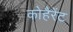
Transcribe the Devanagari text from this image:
कोहैरेंट